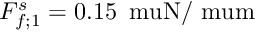
F _ { f ; 1 } ^ { s } = 0 . 1 5 \, \mathrm { \ m u N / \ m u m }